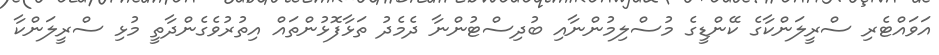
އަވައްޓެރި ސްރީލަންކާގެ ކޭންޑީގެ މުސްލިމުންނާއި ބުދިސްޓުންނާ ދެމެދު ތަޅާފޮޅުންތައް އިތުރުވެގެންދާތީ މުޅި ސްރީލަންކާ